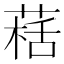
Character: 𱾀